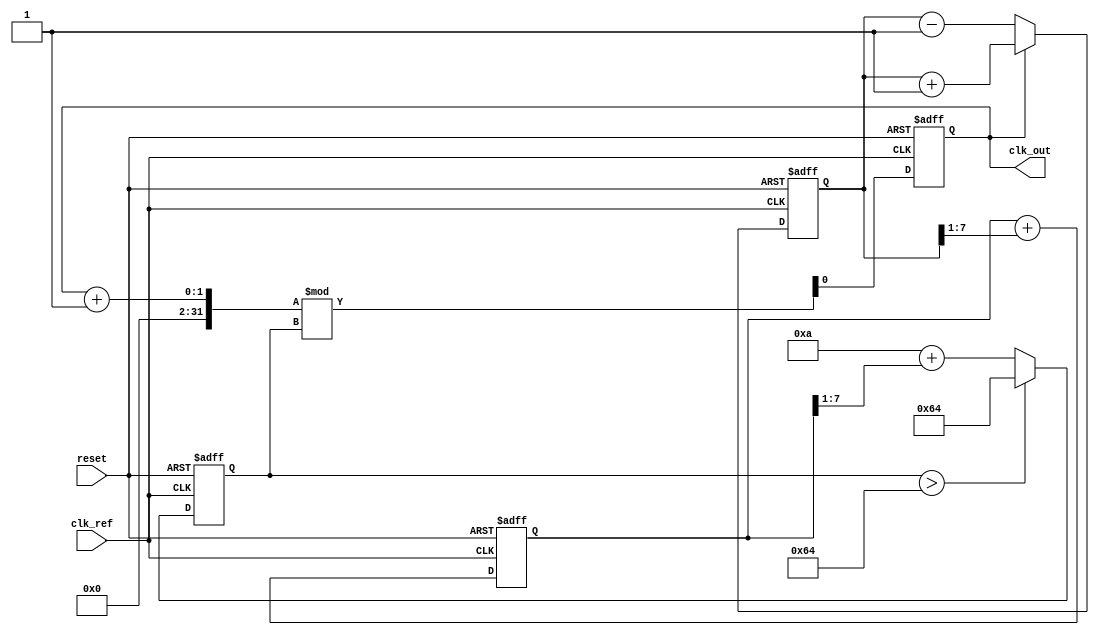
module MemoryBlocksLinearPLL (
    input wire clk_ref,         // Reference clock input
    input wire reset,           // Asynchronous reset
    output reg clk_out          // Output clock
);

// Parameters
parameter VCO_MAX_FREQ = 100; // Maximum VCO frequency
parameter VCO_MIN_FREQ = 10;   // Minimum VCO frequency
parameter PHASE_ERROR_WIDTH = 8; // Width of phase error signal
parameter CONTROL_VOLTAGE_WIDTH = 8; // Width of control voltage

// Internal signals
reg [PHASE_ERROR_WIDTH-1:0] phase_error; // Phase error signal
reg [CONTROL_VOLTAGE_WIDTH-1:0] control_voltage; // Control voltage from loop filter
reg [7:0] vco_frequency; // VCO frequency
reg [7:0] memory_block; // Memory block for storing previous states

// Phase Detector (PD)
always @(posedge clk_ref or posedge reset) begin
    if (reset) begin
        phase_error <= 0;
    end else begin
        // Simple phase detection logic (for illustration)
        // Assume clk_out is derived from VCO output
        if (clk_out) begin
            phase_error <= phase_error + 1; // Increment phase error
        end else begin
            phase_error <= phase_error - 1; // Decrement phase error
        end
    end
end

// Loop Filter
always @(posedge clk_ref or posedge reset) begin
    if (reset) begin
        control_voltage <= 0;
    end else begin
        // Simple first-order loop filter (for illustration)
        control_voltage <= control_voltage + (phase_error >> 1); // Low-pass filter
        // Memory block to hold previous control voltage
        memory_block <= control_voltage;
    end
end

// Voltage-Controlled Oscillator (VCO)
always @(posedge clk_ref or posedge reset) begin
    if (reset) begin
        vco_frequency <= VCO_MIN_FREQ; // Start at minimum frequency
        clk_out <= 0; // Output clock reset
    end else begin
        // Adjust VCO frequency based on control voltage
        vco_frequency <= VCO_MIN_FREQ + (control_voltage >> 1); // Simple linear relation
        if (vco_frequency > VCO_MAX_FREQ) begin
            vco_frequency <= VCO_MAX_FREQ; // Clamp to max frequency
        end
        
        // Generate output clock based on VCO frequency
        // Simple clock divider for demonstration
        clk_out <= (clk_out + 1) % (vco_frequency); // Toggle output clock based on frequency
    end
end

endmodule